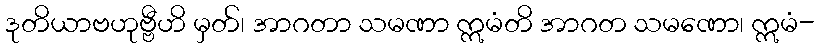
ဒုတိယာဗဟုဗ္ဗီဟိ မှတ်၊ အာဂတာ သမဏာ ဣမံတိ အာဂတ သမဏော၊ ဣမံ-